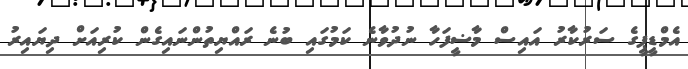
އެމްޑީޕީގެ ސަރުކާރު އައިސް މާޟީފަހާ ނުދުވާނެ ކަމުގައި ބުނެ ރައްޔިތުންނައިގެން ކުރިއަށް ދިޔައިރު